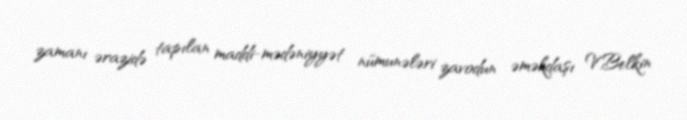
zamanı ərazidə tapılan maddi-mədəniyyət nümunələri zavodun əməkdaşı V.Belkin